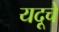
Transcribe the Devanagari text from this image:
यदूचे